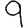
Digit: 9